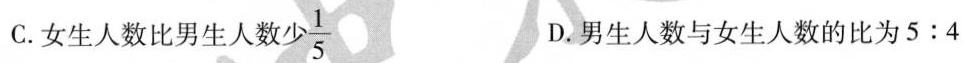
C.女生人数比男生人数少 \frac{1}{5} D.男生人数与女生人数的比为5:4